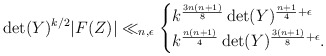
\begin{align*} \det(Y)^{k/2} |F(Z)| \ll_{n,\epsilon}\begin{cases} k^{\frac{3n(n+1)}{8}} \det(Y)^{\frac{n+1}{4}+\epsilon}\\ k^{\frac{n(n+1)}{4}} \det(Y)^{\frac{3(n+1)}{8}+\epsilon}.\end{cases}\end{align*}